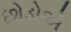
છોડોએ